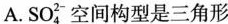
A.SO_{4}^{2-}空间构型是三角形